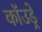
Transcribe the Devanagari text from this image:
कॉउड्रे